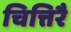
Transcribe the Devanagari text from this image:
चित्तिरै